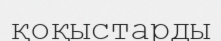
қоқыстарды